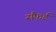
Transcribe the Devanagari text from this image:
सैंफर्ड